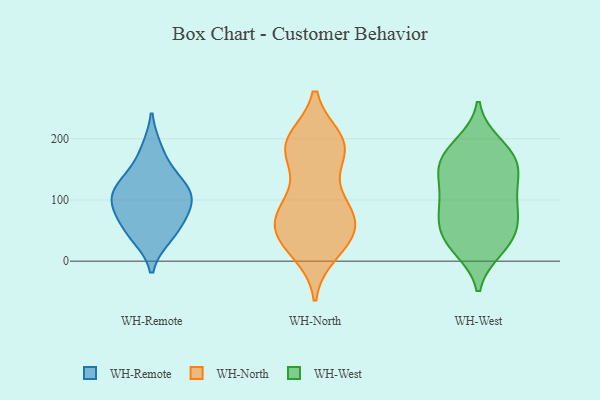
{"axis": {"x": "Page Views", "y": "Value"}, "legend": ["WH-North", "WH-Remote", "WH-West"], "data": [{"x": "", "y": 68, "type": "WH-Remote"}, {"x": "", "y": 141, "type": "WH-Remote"}, {"x": "", "y": 183, "type": "WH-Remote"}, {"x": "", "y": 40, "type": "WH-Remote"}, {"x": "", "y": 103, "type": "WH-Remote"}, {"x": "", "y": 46, "type": "WH-Remote"}, {"x": "", "y": 105, "type": "WH-Remote"}, {"x": "", "y": 83, "type": "WH-Remote"}, {"x": "", "y": 128, "type": "WH-Remote"}, {"x": "", "y": 107, "type": "WH-Remote"}, {"x": "", "y": 100, "type": "WH-North"}, {"x": "", "y": 73, "type": "WH-North"}, {"x": "", "y": 184, "type": "WH-North"}, {"x": "", "y": 197, "type": "WH-North"}, {"x": "", "y": 43, "type": "WH-North"}, {"x": "", "y": 32, "type": "WH-North"}, {"x": "", "y": 187, "type": "WH-North"}, {"x": "", "y": 104, "type": "WH-North"}, {"x": "", "y": 174, "type": "WH-North"}, {"x": "", "y": 53, "type": "WH-North"}, {"x": "", "y": 198, "type": "WH-North"}, {"x": "", "y": 27, "type": "WH-North"}, {"x": "", "y": 82, "type": "WH-North"}, {"x": "", "y": 183, "type": "WH-North"}, {"x": "", "y": 188, "type": "WH-North"}, {"x": "", "y": 15, "type": "WH-North"}, {"x": "", "y": 78, "type": "WH-North"}, {"x": "", "y": 42, "type": "WH-North"}, {"x": "", "y": 66, "type": "WH-North"}, {"x": "", "y": 185, "type": "WH-West"}, {"x": "", "y": 68, "type": "WH-West"}, {"x": "", "y": 192, "type": "WH-West"}, {"x": "", "y": 155, "type": "WH-West"}, {"x": "", "y": 140, "type": "WH-West"}, {"x": "", "y": 178, "type": "WH-West"}, {"x": "", "y": 161, "type": "WH-West"}, {"x": "", "y": 152, "type": "WH-West"}, {"x": "", "y": 29, "type": "WH-West"}, {"x": "", "y": 59, "type": "WH-West"}, {"x": "", "y": 53, "type": "WH-West"}, {"x": "", "y": 100, "type": "WH-West"}, {"x": "", "y": 20, "type": "WH-West"}, {"x": "", "y": 19, "type": "WH-West"}, {"x": "", "y": 108, "type": "WH-West"}, {"x": "", "y": 46, "type": "WH-West"}, {"x": "", "y": 141, "type": "WH-West"}, {"x": "", "y": 86, "type": "WH-West"}, {"x": "", "y": 97, "type": "WH-West"}]}